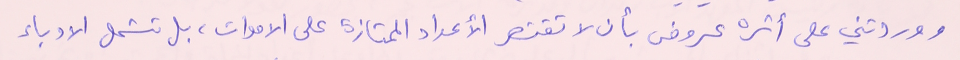
ووردتني على أثره عروض بأن لا تقتصر الأعداد الممتازة على الاموات، بل تشمل الادباء